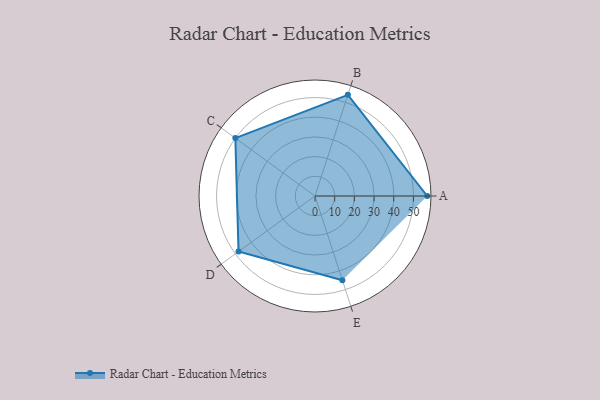
{"axis": {"x": "Skill", "y": "Score"}, "legend": ["Profile"], "data": [{"x": "A", "y": 57.0, "type": "Profile"}, {"x": "B", "y": 54.0, "type": "Profile"}, {"x": "C", "y": 50.0, "type": "Profile"}, {"x": "D", "y": 48.0, "type": "Profile"}, {"x": "E", "y": 45.0, "type": "Profile"}]}